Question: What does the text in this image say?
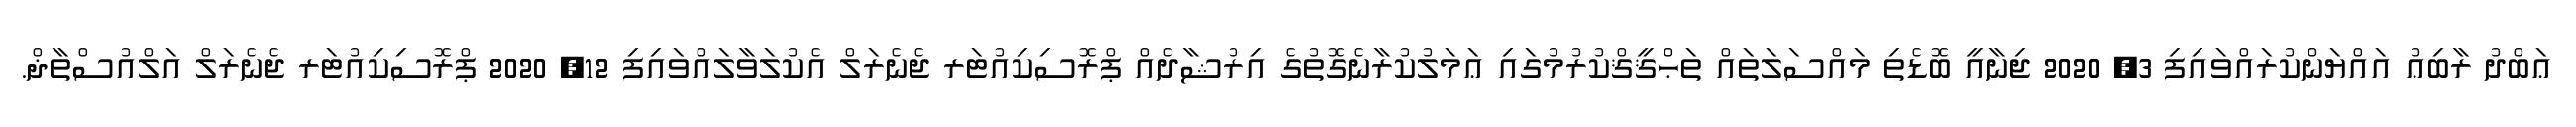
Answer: ޢަބްދު ރާބިޢު އައްޔަންކުރައްވައިފި 3, 2020 ޖިނާއީ ބޮޑެތި މައްސަލަތައް ތަޙްޤީޤްކުރުމުގައި ޢަމަލުކުރާނެގޮތުގެ އިރުޝާދެއް ޕްރޮސިކިއުޓަރ ޖެނެރަލް އެކުލަވާލައްވައިފި 12, 2020 ޕްރޮސިކިއުޓަރ ޖެނެރަލް އަލްއުސްތާޛް.